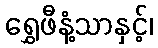
ရွှေဖီနံ့သာနှင့်၊